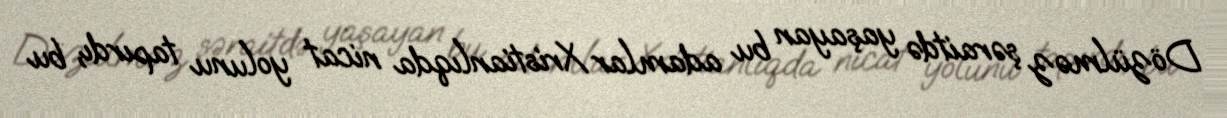
Dözülməz şəraitdə yaşayan bu adamlar Xristianlıqda nicat yolunu tapırdı, bu